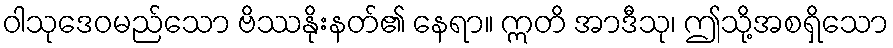
ဝါသုဒေဝမည်သော ဗိဿနိုးနတ်၏ နေရာ။ ဣတိ အာဒီသု၊ ဤသို့အစရှိသော